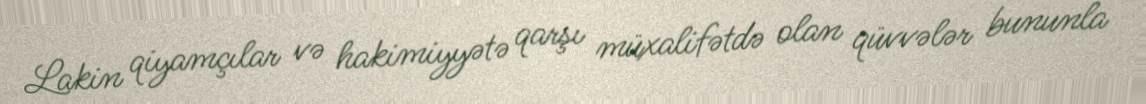
Lakin qiyamçılar və hakimiyyətə qarşı müxalifətdə olan qüvvələr bununla